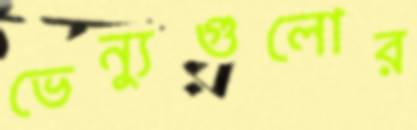
ভেন্যুগুলোর